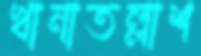
খানাতল্লাশ